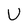
Character: U